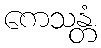
ကေသန္တံ